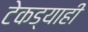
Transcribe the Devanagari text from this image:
टेकड्याही